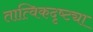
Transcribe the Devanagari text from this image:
तात्विकदृष्ट्या